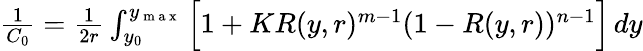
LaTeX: \begin{array}{r}{\frac{1}{C_{0}}=\frac{1}{2r}\int_{y_{0}}^{y_{\mathrm{~m~a~x~}}}\Big[1+KR(y,r)^{m-1}(1-R(y,r))^{n-1}\Big]\, dy}\end{array}